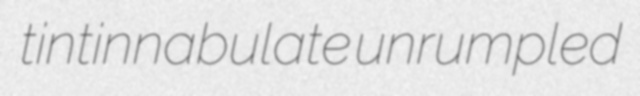
tintinnabulate unrumpled